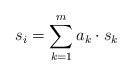
LaTeX: \begin{align*}s_i=\sum_{k=1}^ma_k\cdot s_k\end{align*}